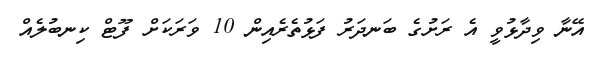
އޭނާ ވިދާޅުވީ އެ ރަށުގެ ބަނދަރު ފަޅުތެރެއިން 10 ވަރަަކަށް ފޫޓް ކިނބުލެއް